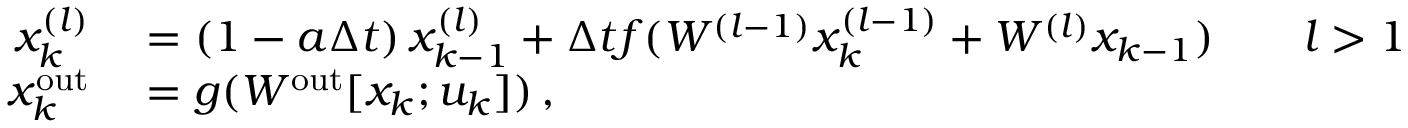
\begin{array} { r l } { x _ { k } ^ { ( l ) } } & { { } = \left( 1 - a \Delta t \right) x _ { k - 1 } ^ { ( l ) } + \Delta t f ( W ^ { ( l - 1 ) } x _ { k } ^ { ( l - 1 ) } + W ^ { ( l ) } x _ { k - 1 } ) \qquad l > 1 } \\ { x _ { k } ^ { \mathrm { o u t } } } & { { } = g ( W ^ { \mathrm { o u t } } [ x _ { k } ; u _ { k } ] ) \, , } \end{array}